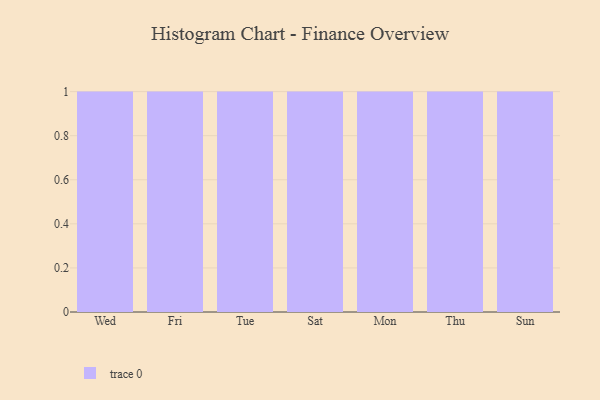
{"axis": {"x": "Day", "y": "Tickets Resolved"}, "legend": [""], "data": [{"x": "Wed", "y": 37, "type": ""}, {"x": "Fri", "y": 15, "type": ""}, {"x": "Tue", "y": 41, "type": ""}, {"x": "Sat", "y": 76, "type": ""}, {"x": "Mon", "y": 62, "type": ""}, {"x": "Thu", "y": 64, "type": ""}, {"x": "Sun", "y": 33, "type": ""}]}